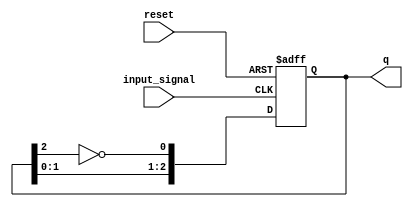
module johnson_counter (
    input wire reset,      // Asynchronous reset
    input wire input_signal, // Input signal to trigger the counter
    output reg [2:0] q     // 3-bit output representing the state of the counter
);

// D flip-flops for the Johnson counter
always @(posedge input_signal or posedge reset) begin
    if (reset) begin
        // Reset the counter to 000
        q <= 3'b000;
    end else begin
        // Johnson counter state transition
        q[0] <= ~q[2];      // FF0 gets the inverted value of FF2
        q[1] <= q[0];       // FF1 gets the value of FF0
        q[2] <= q[1];       // FF2 gets the value of FF1
    end
end

endmodule